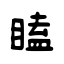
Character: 瞌